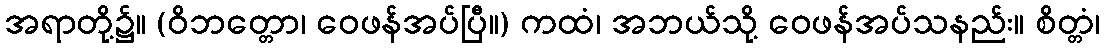
အရာတို့၌။ (ဝိဘတ္တော၊ ဝေဖန်အပ်ပြီ။) ကထံ၊ အဘယ်သို့ ဝေဖန်အပ်သနည်း။ စိတ္တံ၊